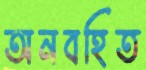
অনবহিত